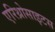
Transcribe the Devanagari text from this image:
एरिथ्रोसाइटस